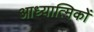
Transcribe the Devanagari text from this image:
आध्यात्मिकों